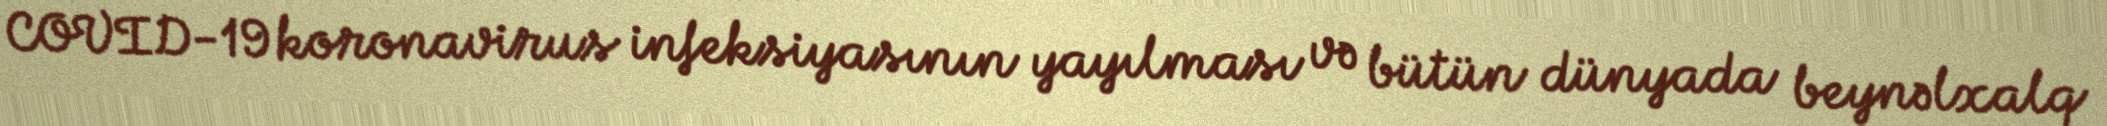
COVID-19 koronavirus infeksiyasının yayılması və bütün dünyada beynəlxalq